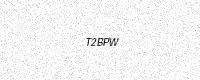
Text: T2BPW